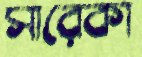
সারেকা